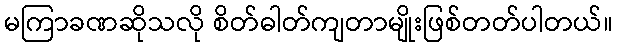
မကြာခဏဆိုသလို စိတ်ဓါတ်ကျတာမျိုးဖြစ်တတ်ပါတယ်။